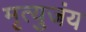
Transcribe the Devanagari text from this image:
मृत्युजंय